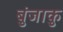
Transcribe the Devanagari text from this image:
बुंजाकु